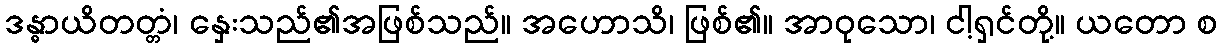
ဒန္ဓာယိတတ္တံ၊ နှေးသည်၏အဖြစ်သည်။ အဟောသိ၊ ဖြစ်၏။ အာဝုသော၊ ငါ့ရှင်တို့။ ယတော စ